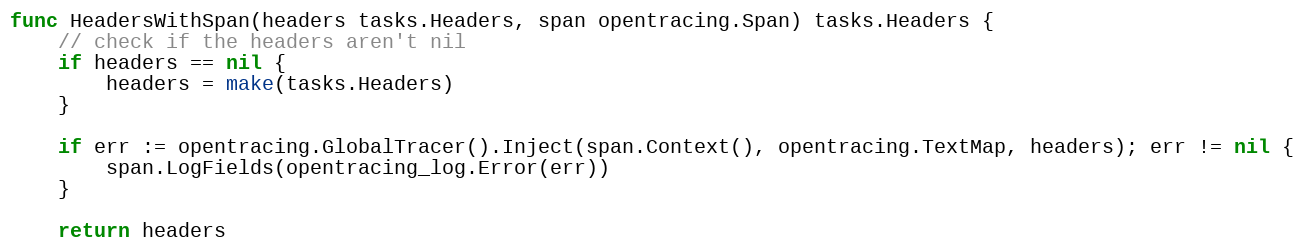
Language: Go
func HeadersWithSpan(headers tasks.Headers, span opentracing.Span) tasks.Headers {
	// check if the headers aren't nil
	if headers == nil {
		headers = make(tasks.Headers)
	}

	if err := opentracing.GlobalTracer().Inject(span.Context(), opentracing.TextMap, headers); err != nil {
		span.LogFields(opentracing_log.Error(err))
	}

	return headers